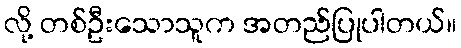
လို့ တစ်ဦးသောသူက အတည်ပြုပါတယ်။